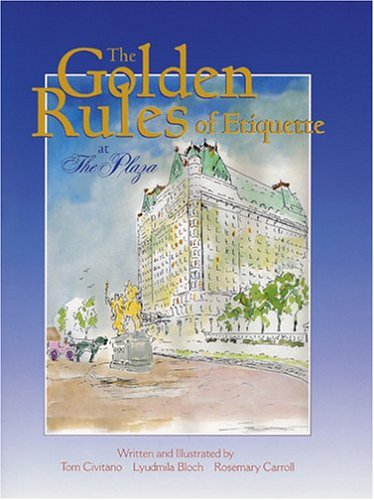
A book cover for The Golden Rules Of Etiquette At The Plaza; Tom Civitano; Teen & Young Adult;